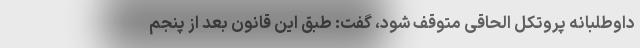
داوطلبانه پروتکل الحاقی متوقف شود، گفت: طبق این قانون بعد از پنجم